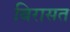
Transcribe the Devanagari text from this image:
बिरासत